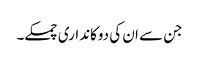
جن سے ان کی دوکانداری چمکے۔